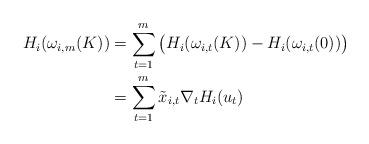
LaTeX: \begin{align*}H_i(\omega_{i,m}(K))&= \sum_{t=1}^m \big(H_i(\omega_{i,t}(K))-H_i(\omega_{i,t}(0))\big)\\&= \sum_{t=1}^m \tilde{x}_{i,t}\nabla_t H_i (u_t)\end{align*}